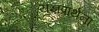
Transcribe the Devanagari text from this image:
यज्ञप्रार्थना